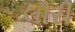
લૌરી